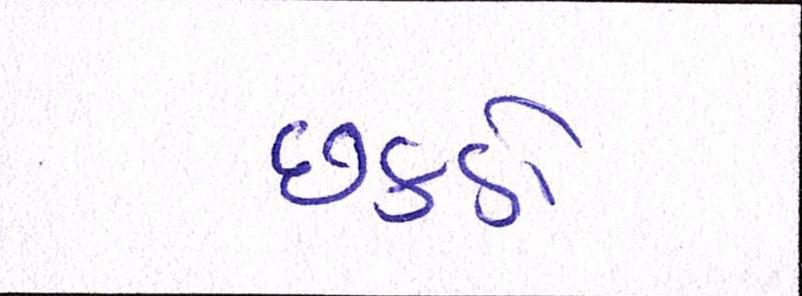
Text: છકડો